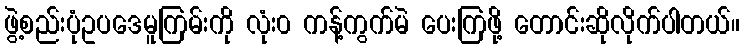
ဖွဲ့စည်းပုံဥပဒေမူကြမ်းကို လုံး၀ ကန့်ကွက်မဲ ပေးကြဖို့ တောင်းဆိုလိုက်ပါတယ်။